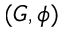
( G , \phi )